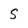
Character: S